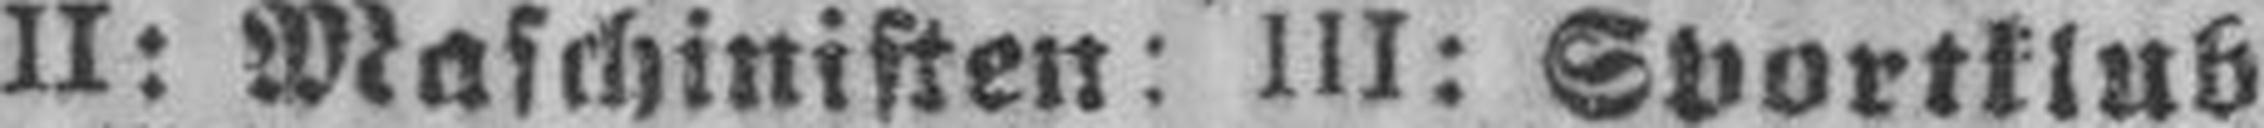
II: Maschinisten: III: Sportklub